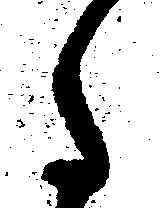
た